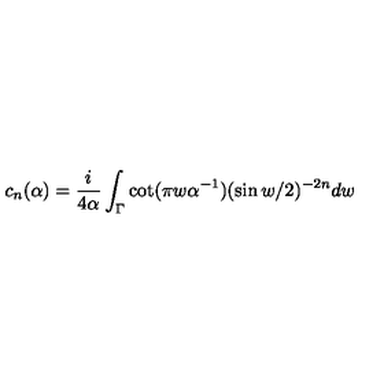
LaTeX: c _ { n } ( \alpha ) = { \frac { i } { 4 \alpha } } \int _ { \Gamma } \cot ( \pi w \alpha ^ { - 1 } ) ( \sin w / 2 ) ^ { - 2 n } d w